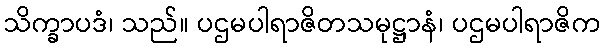
သိက္ခာပဒံ၊ သည်။ ပဌမပါရာဇိတသမုဋ္ဌာနံ၊ ပဌမပါရာဇိက